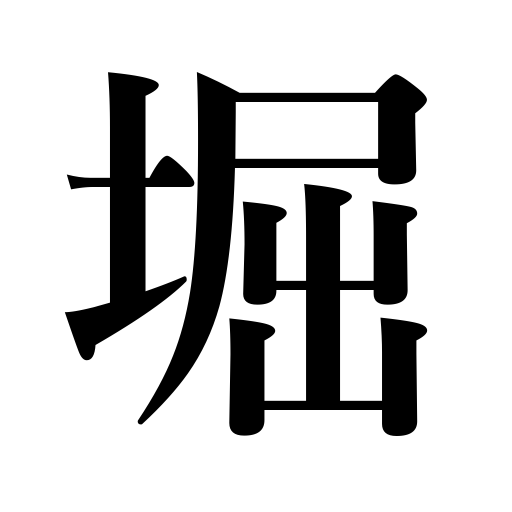
Meanings: moat,canal,ditch